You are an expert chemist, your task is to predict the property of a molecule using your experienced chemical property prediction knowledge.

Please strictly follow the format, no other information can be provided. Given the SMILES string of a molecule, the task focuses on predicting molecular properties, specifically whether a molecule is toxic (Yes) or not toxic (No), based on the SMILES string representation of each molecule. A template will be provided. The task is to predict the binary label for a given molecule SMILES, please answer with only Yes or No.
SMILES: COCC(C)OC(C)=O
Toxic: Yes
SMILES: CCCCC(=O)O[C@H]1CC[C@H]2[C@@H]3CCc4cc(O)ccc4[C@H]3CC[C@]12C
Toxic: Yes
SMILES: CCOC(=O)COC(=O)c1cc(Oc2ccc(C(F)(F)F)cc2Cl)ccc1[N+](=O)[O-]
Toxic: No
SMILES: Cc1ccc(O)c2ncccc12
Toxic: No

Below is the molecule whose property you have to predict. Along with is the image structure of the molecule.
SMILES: N[C@@H](Cc1c[nH]c2ccccc12)C(=O)O
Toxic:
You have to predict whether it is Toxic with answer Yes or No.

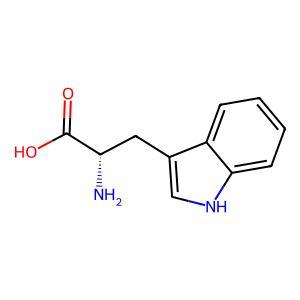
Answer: No